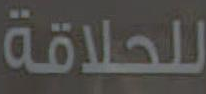
للحلاقة